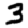
Digit: 3